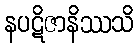
နပဋိဇာနိဿသိ